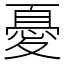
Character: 憂